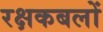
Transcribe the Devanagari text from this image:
रक्षकबलों